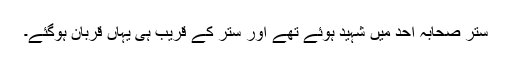
ستّر صحابہ احد میں شہید ہوئے تھے اور ستّر کے قریب ہی یہاں قربان ہوگئے۔